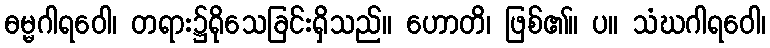
ဓမ္မဂါရဝေါ၊ တရား၌ရိုသေခြင်းရှိသည်။ ဟောတိ၊ ဖြစ်၏။ ပ။ သံဃဂါရဝေါ၊